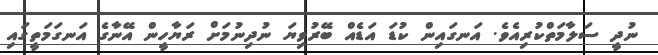
ނުދީ ސަލާމަތްކުރިއެވެ. އަނގައިން ކުޑަ އަޑެއް ބޭރުވިޔަ ނުދިނުމަށް ރަޔާހީން އޭނާގެ އަނގަމަތީގައި